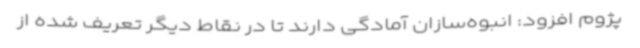
پژوم افزود: انبوه‌سازان آمادگی دارند تا در نقاط دیگر تعریف شده از